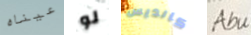
عيناه لو كانديس Abu